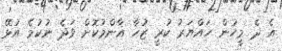
އެ ދެ މީހުން ހައްޔަރު ކުރީ ޒުހާ އާންމުކޮށް ވަދެ ނުކުމެ އުޅޭ